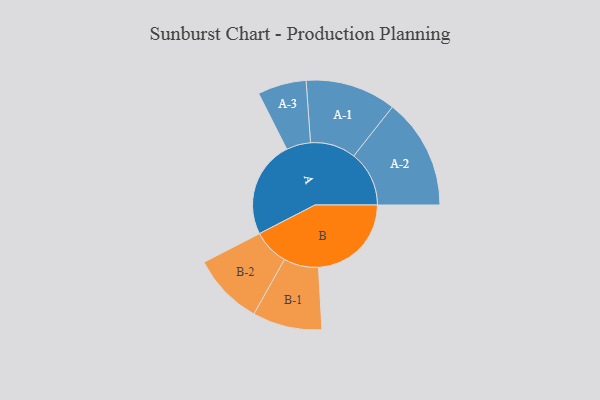
{"axis": {"x": "Segment", "y": "Value"}, "legend": ["", "A", "B"], "data": [{"x": "A", "y": 446, "type": ""}, {"x": "B", "y": 428, "type": ""}, {"x": "A-1", "y": 209, "type": "A"}, {"x": "A-2", "y": 255, "type": "A"}, {"x": "A-3", "y": 112, "type": "A"}, {"x": "B-1", "y": 160, "type": "B"}, {"x": "B-2", "y": 165, "type": "B"}]}